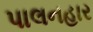
પાલનહાર